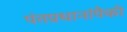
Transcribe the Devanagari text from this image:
पंतप्रधानांपैकी